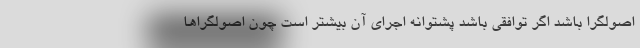
اصولگرا باشد اگر توافقی باشد پشتوانه اجرای آن بیشتر است چون اصولگراها